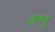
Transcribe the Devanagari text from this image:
अन्‍नू